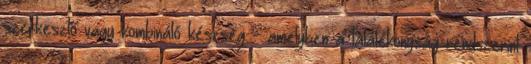
szerkesztő vagy kombináló készség - amelyben a találékonyság rendszerint